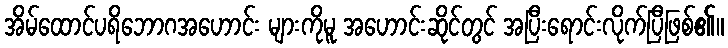
အိမ်ထောင်ပရိဘောဂအဟောင်း များကိုမူ အဟောင်းဆိုင်တွင် အပြီးရောင်းလိုက်ပြီဖြစ်၏။